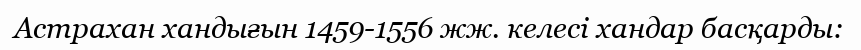
Астрахан хандығын 1459-1556 жж. келесі хандар басқарды: